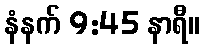
နံနက် 9:45 နာရီ။